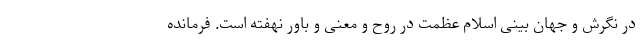
در نگرش و جهان بینی اسلام عظمت در روح و معنی و باور نهفته است. فرمانده